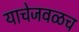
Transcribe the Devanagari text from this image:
याचेजवळच